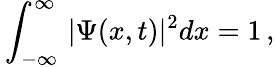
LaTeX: \, \int_{-\infty}^{\infty}\, |\Psi(x,t)|^{2}dx=1\, ,